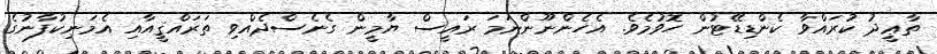
ތާޢީދު ކުރައްވާ ކެންޑިޑޭޓުން ހޮވުމެވެ. އެހެންނޫންނަމަ ރައީސް ޔާމީން ގެނެސްދެއްވި ތަރައްްްޤީއާއި އެމަނިކުފާނުގެ